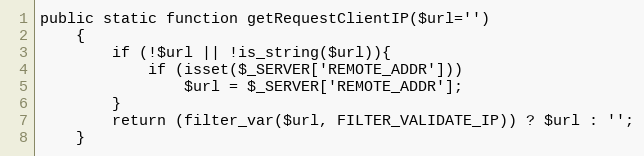
Language: PHP
public static function getRequestClientIP($url='')
    {
        if (!$url || !is_string($url)){
            if (isset($_SERVER['REMOTE_ADDR']))
                $url = $_SERVER['REMOTE_ADDR'];
        }
        return (filter_var($url, FILTER_VALIDATE_IP)) ? $url : '';
    }